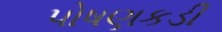
પોષણકડી